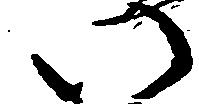
い